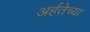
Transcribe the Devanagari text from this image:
अर्हतेच्या